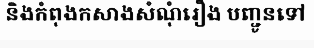
និងកំពុងកសាងសំណុំរឿង បញ្ជូនទៅ